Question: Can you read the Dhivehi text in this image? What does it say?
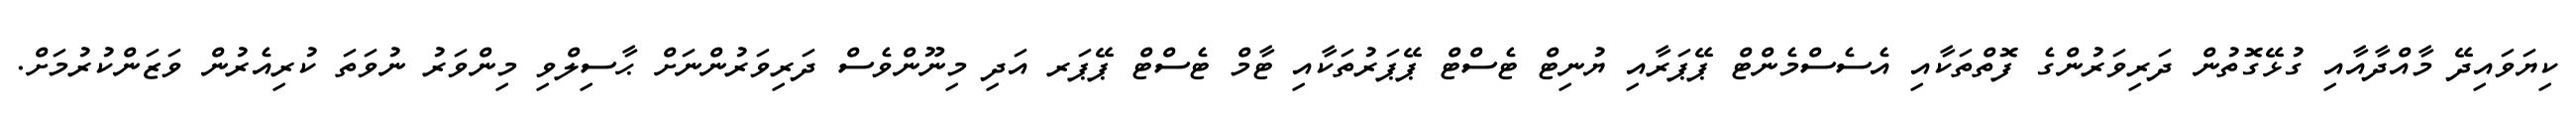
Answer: ކިޔަވައިދޭ މާއްދާއާއި ގުޅޭގޮތުން ދަރިވަރުންގެ ފޮތްތަކާއި އެސެސްމެންޓް ޕޭޕަރާއި ޔުނިޓް ޓެސްޓް ޕޭޕަރުތަކާއި ޓާމް ޓެސްޓް ޕޭޕަރ އަދި މިނޫންވެސް ދަރިވަރުންނަށް ޙާސިލްވި މިންވަރު ނުވަތަ ކުރިއެރުން ވަޒަންކުރުމަށް.